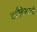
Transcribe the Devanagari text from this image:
दर्शविण्याची